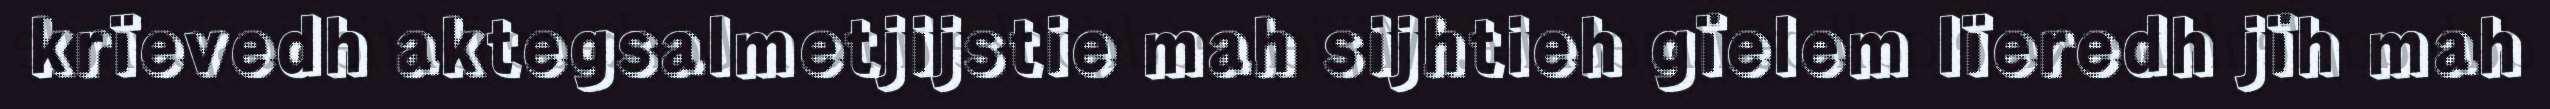
krïevedh aktegsalmetjijstie mah sijhtieh gïelem lïeredh jïh mah